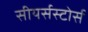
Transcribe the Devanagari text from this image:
सीयर्सस्‍टोर्स